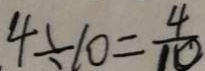
4 \div 1 0 = \frac { 4 } { 1 0 }